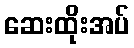
ဆေးထိုးအပ်